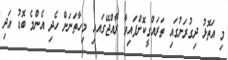
މި އަތޮޅު ދިގުރަށުގައި ތަރައްގީކޮށްފައިވާ ރާއްޖޭގައއި މިހާތަނަށް ހެދި އެންމެ ބޮޑު އަދި